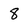
Character: 8